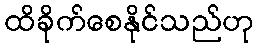
ထိခိုက်စေနိုင်သည်ဟု